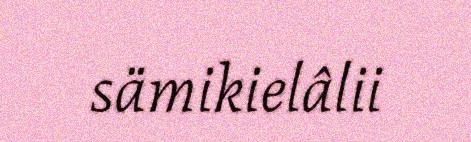
sämikielâlii